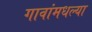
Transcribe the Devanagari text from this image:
गावांमधल्या